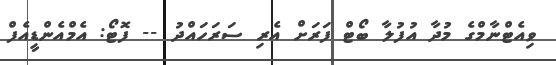
ވިއެޓްނާމްގެ މުދާ އުފުލާ ބޯޓް ފަރަށް އެރި ސަރަހައްދު -- ފޮޓޯ: އެމްއެންޑީއެފް